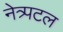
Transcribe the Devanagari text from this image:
नेत्र्पटल